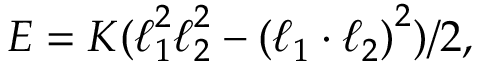
E = K ( \boldsymbol { \ell } _ { 1 } ^ { 2 } \boldsymbol { \ell } _ { 2 } ^ { 2 } - \left( \boldsymbol { \ell } _ { 1 } \cdot \boldsymbol { \ell } _ { 2 } \right) ^ { 2 } ) / 2 ,